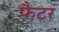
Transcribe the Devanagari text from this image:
फैटर